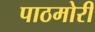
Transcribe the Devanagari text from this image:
पाठमोरी